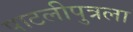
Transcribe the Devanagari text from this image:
पाटलीपुत्रला